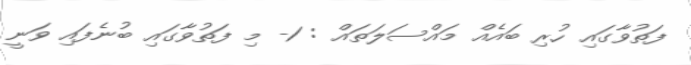
ފަތުވާގައި ހުރި ބައެއް މައްސަލަތައް : 1- މި ފަތުވާގައި ބުނެފައި ވަނީ